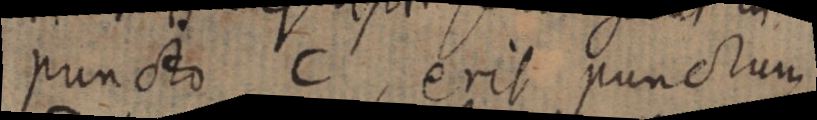
puncto C, erit punctum